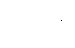
ပုဂံကို